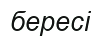
бересі